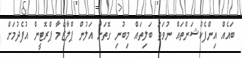
ބައެއް އިންފެކްޝަންތައް ނުވަތަ ބަލިތައް މިބުނި ގޮތަށް އަލުން ޕްލާޒްމާ ޕްރޮޓީން އުފެދުމަށް